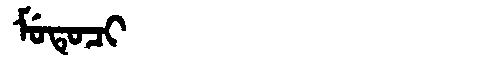
Manchu: ᠮᡠᡨᡠᠴᡳ
Romanization: MUTUCI